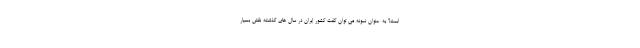
است؟ به عنوان نمونه می توان گفت کشور ایران در سال های گذشته نقش بسیار